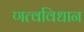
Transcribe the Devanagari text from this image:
णत्वविधान